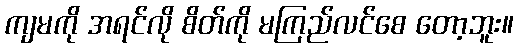
ကျမကို အရင်လို စိတ်ကို မကြည်လင်စေ တော့ဘူး။